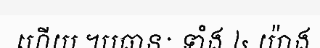
ហើយ ។បធានៈ ទាំង ៤ យ៉ាង